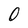
Character: 0